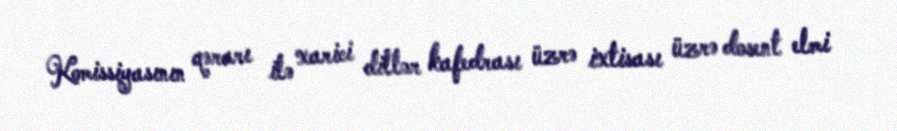
Komissiyasının qərarı ilə xarici dillər kafedrası üzrə ixtisası üzrə dosent elmi